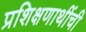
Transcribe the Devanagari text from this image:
प्रशिक्षणाथींची